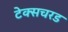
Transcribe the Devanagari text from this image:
टेक्सचरड